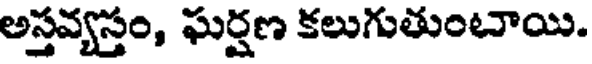
అస్తవ్యస్తం, ఘర్షణ కలుగుతుంచాయి.